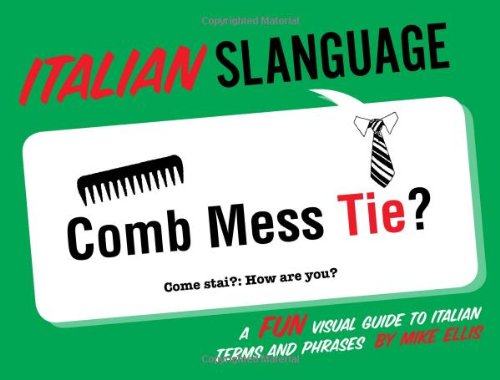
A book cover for Italian Slanguage: A Fun Visual Guide to Italian Terms and Phrases (English and Italian Edition); Mike Ellis; Reference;